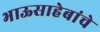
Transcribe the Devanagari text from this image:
भाऊसाहेबांचे